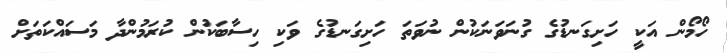
ހޯމޯން އަކީ ހަށިގަނޑުގެ ގުނަވަނަކުން ނުވަތަ ހަށިގަނޑުގެ ވަކި ހިސާބަކުން ކުރަމުންދާ މަސައްކަތަށް